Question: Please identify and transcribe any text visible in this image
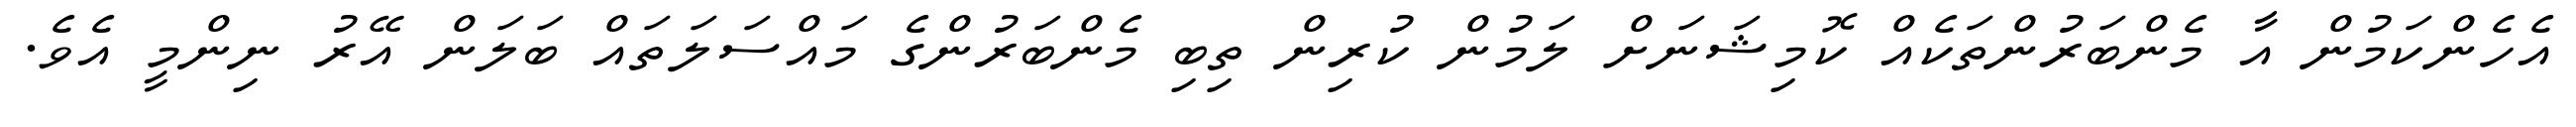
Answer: އެހެންކަމުން އާ މެންބަރުންތަކެއް ކޮމިޝަނަށް ލަމުން ކުރިން ތިބި މެންބަރުންގެ މައްސަލަތައް ބަލަން އޭރު ނިންމީ އެވެ.